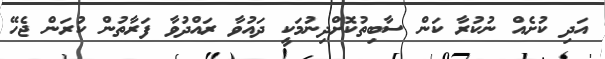
އަދި ކުށެއް ނުކުރާ ކަން ސާބިތުކޮށްދިނުމަކީ ދައުވާ ރައްދުވާ ފަރާތުން ކުރަން ޖެހޭ